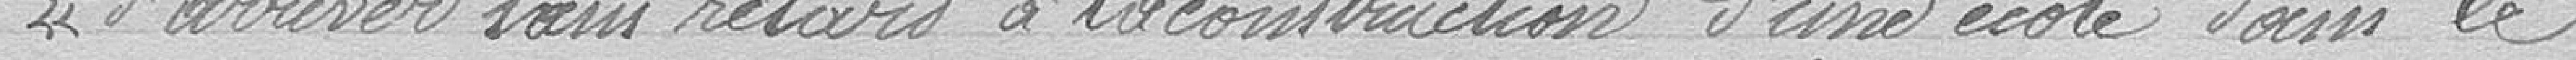
"d'arriver sans retard à la construction d'une école dans le